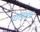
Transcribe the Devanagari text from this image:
प्रोमिसेस